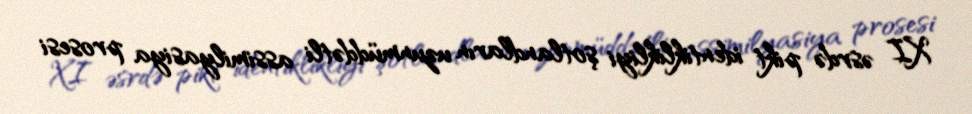
XI əsrdə pikt identiklikliyi şotlandların uzunmüddətli assimilyasiya prosesi